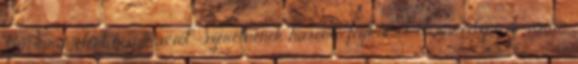
számára jelent inspirációt. Szeretnének hasonló fizikumot elérni edzéseik során.